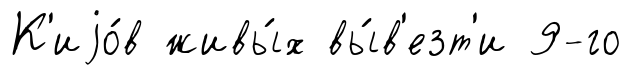
К'иjо́в живы́х вы́в'езт'и 9-го